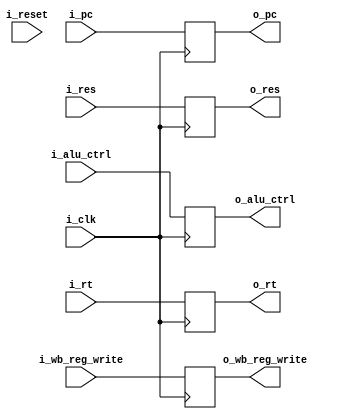
`timescale 1ns / 1ps
//////////////////////////////////////////////////////////////////////////////////
// Company: 
// Engineer: 
// 
// Design Name: 
// Module Name: latch_exmem
// Project Name: 
// Target Devices: 
// Tool Versions: 
// Description: 
// 
// Dependencies: 
// 
// Revision:
// Revision 0.01 - File Created
// Additional Comments:
// 
//////////////////////////////////////////////////////////////////////////////////


module latch_exmem#(
     parameter   PC_SIZE = 11,
     parameter   TAM_DATA = 32,
     parameter   DIRECCION_SIZE = 26,
     parameter   ALU_CTRL = 5,
     parameter   REGISTER_SIZE = 5
)
(
        input                                 i_clk,
        input                                 i_reset,
            
        input  [PC_SIZE - 1 : 0]              i_pc,
        input  [TAM_DATA - 1 : 0]             i_res,
        input  [ALU_CTRL  - 1: 0]             i_alu_ctrl,
        input  [TAM_DATA - 1 : 0]             i_rt,
        input  [REGISTER_SIZE - 1 : 0]        i_wb_reg_write,
        
        output  [TAM_DATA - 1 : 0]             o_rt,
        output  [TAM_DATA - 1 : 0]             o_res,
        output  [PC_SIZE - 1 : 0]              o_pc,
        output  [REGISTER_SIZE - 1 : 0]        o_wb_reg_write,
        output  [ALU_CTRL - 1 : 0]             o_alu_ctrl //en realidad aluctrl tiene 8 bits, pero a partir de aca solo me interesan 5
        
        
    );
    
   // reg  [DIRECCION_SIZE - 1 : 0]       direccion_tmp;
    reg  [TAM_DATA - 1 : 0]             rt_tmp;
    reg  [REGISTER_SIZE - 1 : 0]        wb_reg_write_tmp;
    reg  [PC_SIZE - 1 : 0]              pc_tmp;
    reg  [TAM_DATA - 1 : 0]             res_tmp;
    reg  [ALU_CTRL - 1 : 0]             alu_tmp;
    
    
always @(negedge i_clk)
begin
    //direccion_tmp <= i_direccion;
    rt_tmp <= i_rt;
    wb_reg_write_tmp <= i_wb_reg_write;
    pc_tmp <= i_pc;
    res_tmp <= i_res;
    alu_tmp <= i_alu_ctrl;
end

        assign o_pc =                    pc_tmp;
        assign o_res =                   res_tmp;
        assign o_rt =                    rt_tmp;
        assign o_wb_reg_write =          wb_reg_write_tmp;
        assign o_alu_ctrl =              alu_tmp;
endmodule